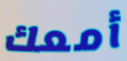
أمعك